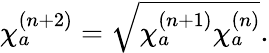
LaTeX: \begin{array}{r}{\chi_{a}^{(n+2)}=\sqrt{\chi_{a}^{(n+1)}\chi_{a}^{(n)}}.}\end{array}